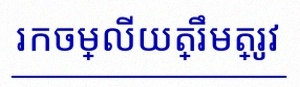
រកចម្លើយត្រឹមត្រូវ